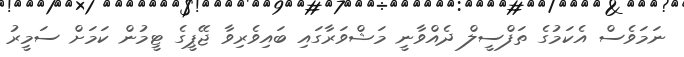
ނަމަވެސް އެކަމުގެ ތަފްސީލް ދެއްވާނީ މަޝްވަރާގައި ބައިވެރިވާ ޖޭޕީގެ ޓީމުން ކަމަށް ސަމީރު